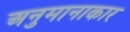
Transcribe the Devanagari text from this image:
अनुमानाकार